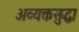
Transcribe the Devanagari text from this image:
अव्यक्तसुद्धा